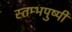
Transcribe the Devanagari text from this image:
स्तम्भपुष्पी